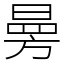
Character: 㬅